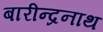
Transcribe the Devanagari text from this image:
बारीन्द्रनाथ